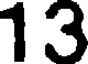
13